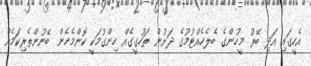
އެހީގައި އަދި ބޭރު މީހުންގެ ބެލެހެއްޓުމުގެ ދަށުން ތަހުގީގެއް ހިންގުމަކީ ކޮންމެހެން ބޭނުންތެރިކަމެއް